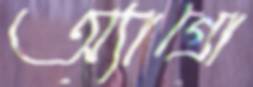
অ্যাগ্রো